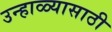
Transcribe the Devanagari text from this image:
उन्हाळ्यासाठी